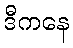
ဒီကနေ